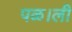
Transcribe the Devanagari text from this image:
पळ।ली